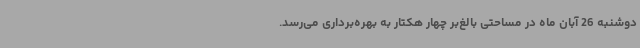
دوشنبه 26 آبان ماه در مساحتی بالغ‌بر چهار هکتار به بهره‌برداری می‌رسد.